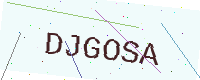
Text: DJGOSA